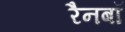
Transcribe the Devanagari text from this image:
रैनबॉ